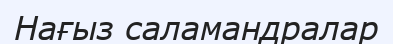
Нағыз саламандралар